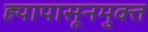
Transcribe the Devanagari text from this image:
ह्यापासूनमुक्त